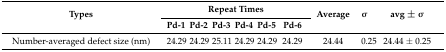
| <ROWSPAN=2> Types | <COLSPAN=6> Repeat Times | <ROWSPAN=2> Average | <ROWSPAN=2> σ | <ROWSPAN=2> avg ± σ |
 | Pd-1 | Pd-2 | Pd-3 | Pd-4 | Pd-5 | Pd-6 |
 | --- | --- | --- | --- | --- | --- | --- | --- | --- | --- |
 | Number-averaged defect size (nm) | 24.29 | 24.29 | 25.11 | 24.29 | 24.29 | 24.29 | 24.44 | 0.25 | 24.44 ± 0.25 |